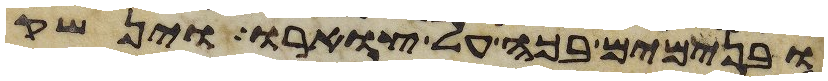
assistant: ובנימים בכה על צוארו וינשק